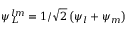
\psi _ { L } ^ { l m } = 1 / \sqrt 2 \left( \psi _ { l } + \psi _ { m } \right)